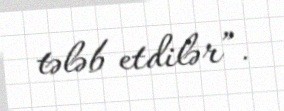
tələb etdilər”.